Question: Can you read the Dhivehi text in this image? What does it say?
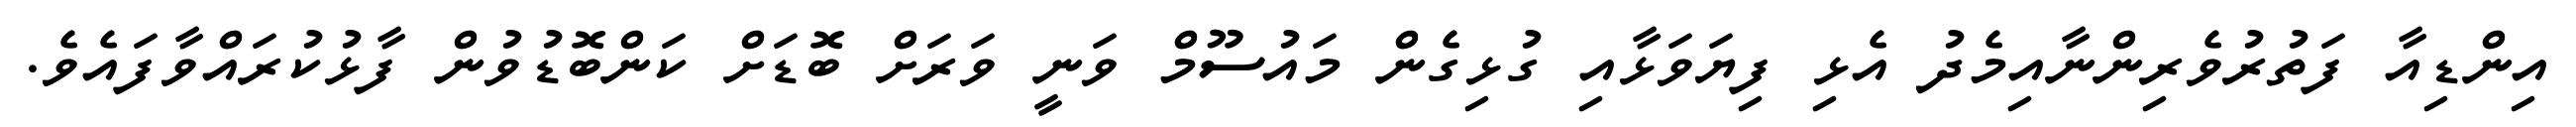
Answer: އިންޑިއާ ފަތުރުވެރިންނާއިމެދު އެޅި ފިޔަވަޅާއި ގުޅިގެން މައުސޫމް ވަނީ ވަރަށް ބޮޑަށް ކަންބޮޑުވުން ފާޅުކުރައްވާފައެވެ.